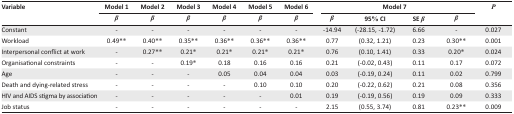
| <ROWSPAN=3> Variable | Model 1 | Model 2 | Model 3 | Model 4 | Model 5 | Model 6 | <COLSPAN=4> Model 7 | <ROWSPAN=3> P |
 | β | β | β | β | β | β | β | 95% CI | SE β | β |
 | --- | --- | --- | --- | --- | --- | --- | --- | --- | --- | --- | --- |
 | Constant | - | - | - | - | - | - | −14.94 | (−28.15, −1.72) | 6.66 | - | 0.027 |
 | Workload | 0.49** | 0.40** | 0.35** | 0.36** | 0.36** | 0.36** | 0.77 | (0.32, 1.21) | 0.23 | 0.30** | 0.001 |
 | Interpersonal conflict at work | - | 0.27** | 0.21* | 0.21* | 0.21* | 0.21* | 0.76 | (0.10, 1.41) | 0.33 | 0.20* | 0.024 |
 | Organisational constraints | - | - | 0.19* | 0.18 | 0.16 | 0.16 | 0.21 | (-0.02, 0.43) | 0.11 | 0.17 | 0.072 |
 | Age | - | - | - | 0.05 | 0.04 | 0.04 | 0.03 | (−0.19, 0.24) | 0.11 | 0.02 | 0.799 |
 | Death and dying-related stress | - | - | - | - | 0.10 | 0.10 | 0.20 | (−0.22, 0.62) | 0.21 | 0.08 | 0.356 |
 | HIV and AIDS stigma by association | - | - | - | - | - | 0.01 | 0.19 | (−0.19, 0.56) | 0.19 | 0.09 | 0.333 |
 | Job status | - | - | - | - | - | - | 2.15 | (0.55, 3.74) | 0.81 | 0.23** | 0.009 |